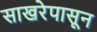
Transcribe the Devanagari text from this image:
साखरेपासून